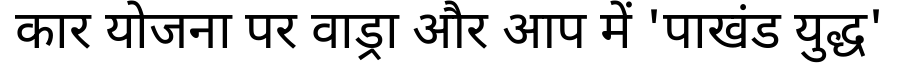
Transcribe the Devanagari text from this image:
कार योजना पर वाड्रा और आप में 'पाखंड युद्ध'